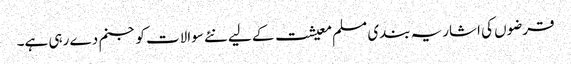
قرضوں کی اشاریہ بندی مسلم معیشت کے لیے نئے سوالات کو جنم دے رہی ہے۔